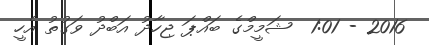
2016 - 1:01  ޝަމީމްގެ ބައްޕަ ޖިހާދު އަބްދު ވަގުތު އެހީ